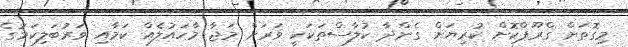
މިގޮތަށް ގްރޫޕްކޮށް ކުރިޔަށް ގެންދާ ކުލާސްތަކަކީ ވަރަށް މަޖާ މާހައުލެއް ކަމާއި ވަރުބަލިކަމުގެ